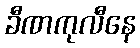
ခီဏကုလီနေ